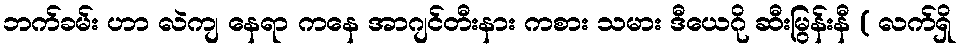
ဘက်ခမ်း ဟာ လဲကျ နေရာ ကနေ အာဂျင်တီးနား ကစား သမား ဒီယေဂို ဆီးမြွန်းနီ ( လက်ရှိ